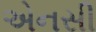
એનસી